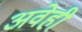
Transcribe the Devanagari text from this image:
अवेही